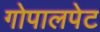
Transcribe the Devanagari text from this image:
गोपालपेट